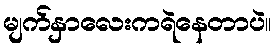
မျက်နှာလေးကရဲနေတာပဲ။